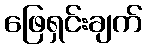
ဖြေရှင်းချက်